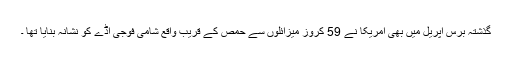
گذشتہ برس اپریل میں بھی امریکا نے 59 کروز میزائلوں سے حمص کے قریب واقع شامی فوجی اڈے کو نشانہ بنایا تھا ۔